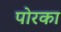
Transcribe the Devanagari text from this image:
पोरका